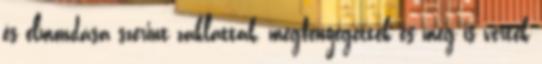
és elmondása szerint zaklatták, megfenyegették és meg is verték